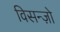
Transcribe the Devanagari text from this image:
विसन्ज़ो